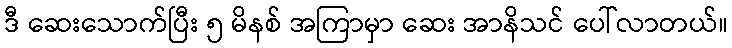
ဒီ ဆေးသောက်ပြီး ၅ မိနစ် အကြာမှာ ဆေး အာနိသင် ပေါ်လာတယ်။